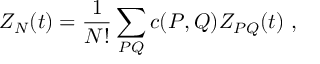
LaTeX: Z _ { N } ( t ) = { \frac { 1 } { N ! } } \sum _ { P Q } c ( P , Q ) Z _ { P Q } ( t ) ~ ,